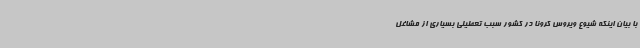
با بیان اینکه شیوع ویروس کرونا در کشور سبب تعطیلی بسیاری از مشاغل